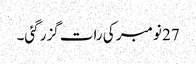
27 نومبر کی رات گزر گئی۔